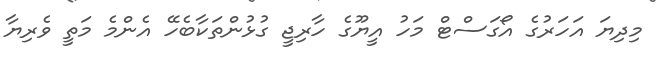
މިދިޔަ އަހަރުގެ އޯގަސްޓް މަހު އީޔޫގެ ހާރިޖީ ގުޅުންތަކާބެހޭ އެންމެ މަތީ ވެރިޔާ